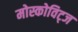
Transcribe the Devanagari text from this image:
मोस्कोविट्ज